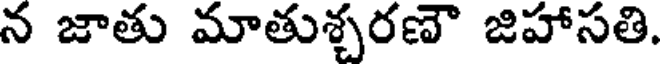
న జాతు మాతుశ్చరణౌ జిహాసతి.